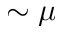
\sim \mu